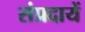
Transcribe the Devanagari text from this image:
संप्रदायें